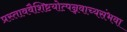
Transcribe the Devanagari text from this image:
प्रस्ताववैशिष्टयोत्पन्नवाच्यसंभवा